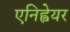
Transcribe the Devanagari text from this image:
एनिह्वेयर